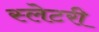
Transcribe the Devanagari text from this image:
स्लेटरी